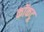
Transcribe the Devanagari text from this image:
कॉकटू